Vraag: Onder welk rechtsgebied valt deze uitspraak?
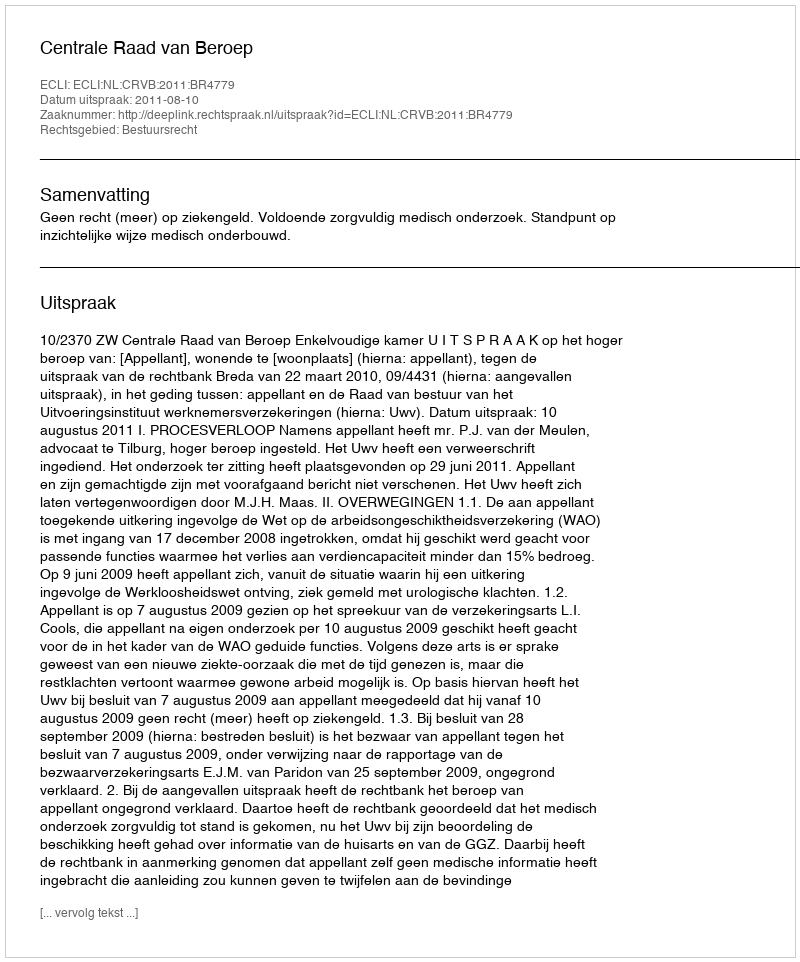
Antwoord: Bestuursrecht